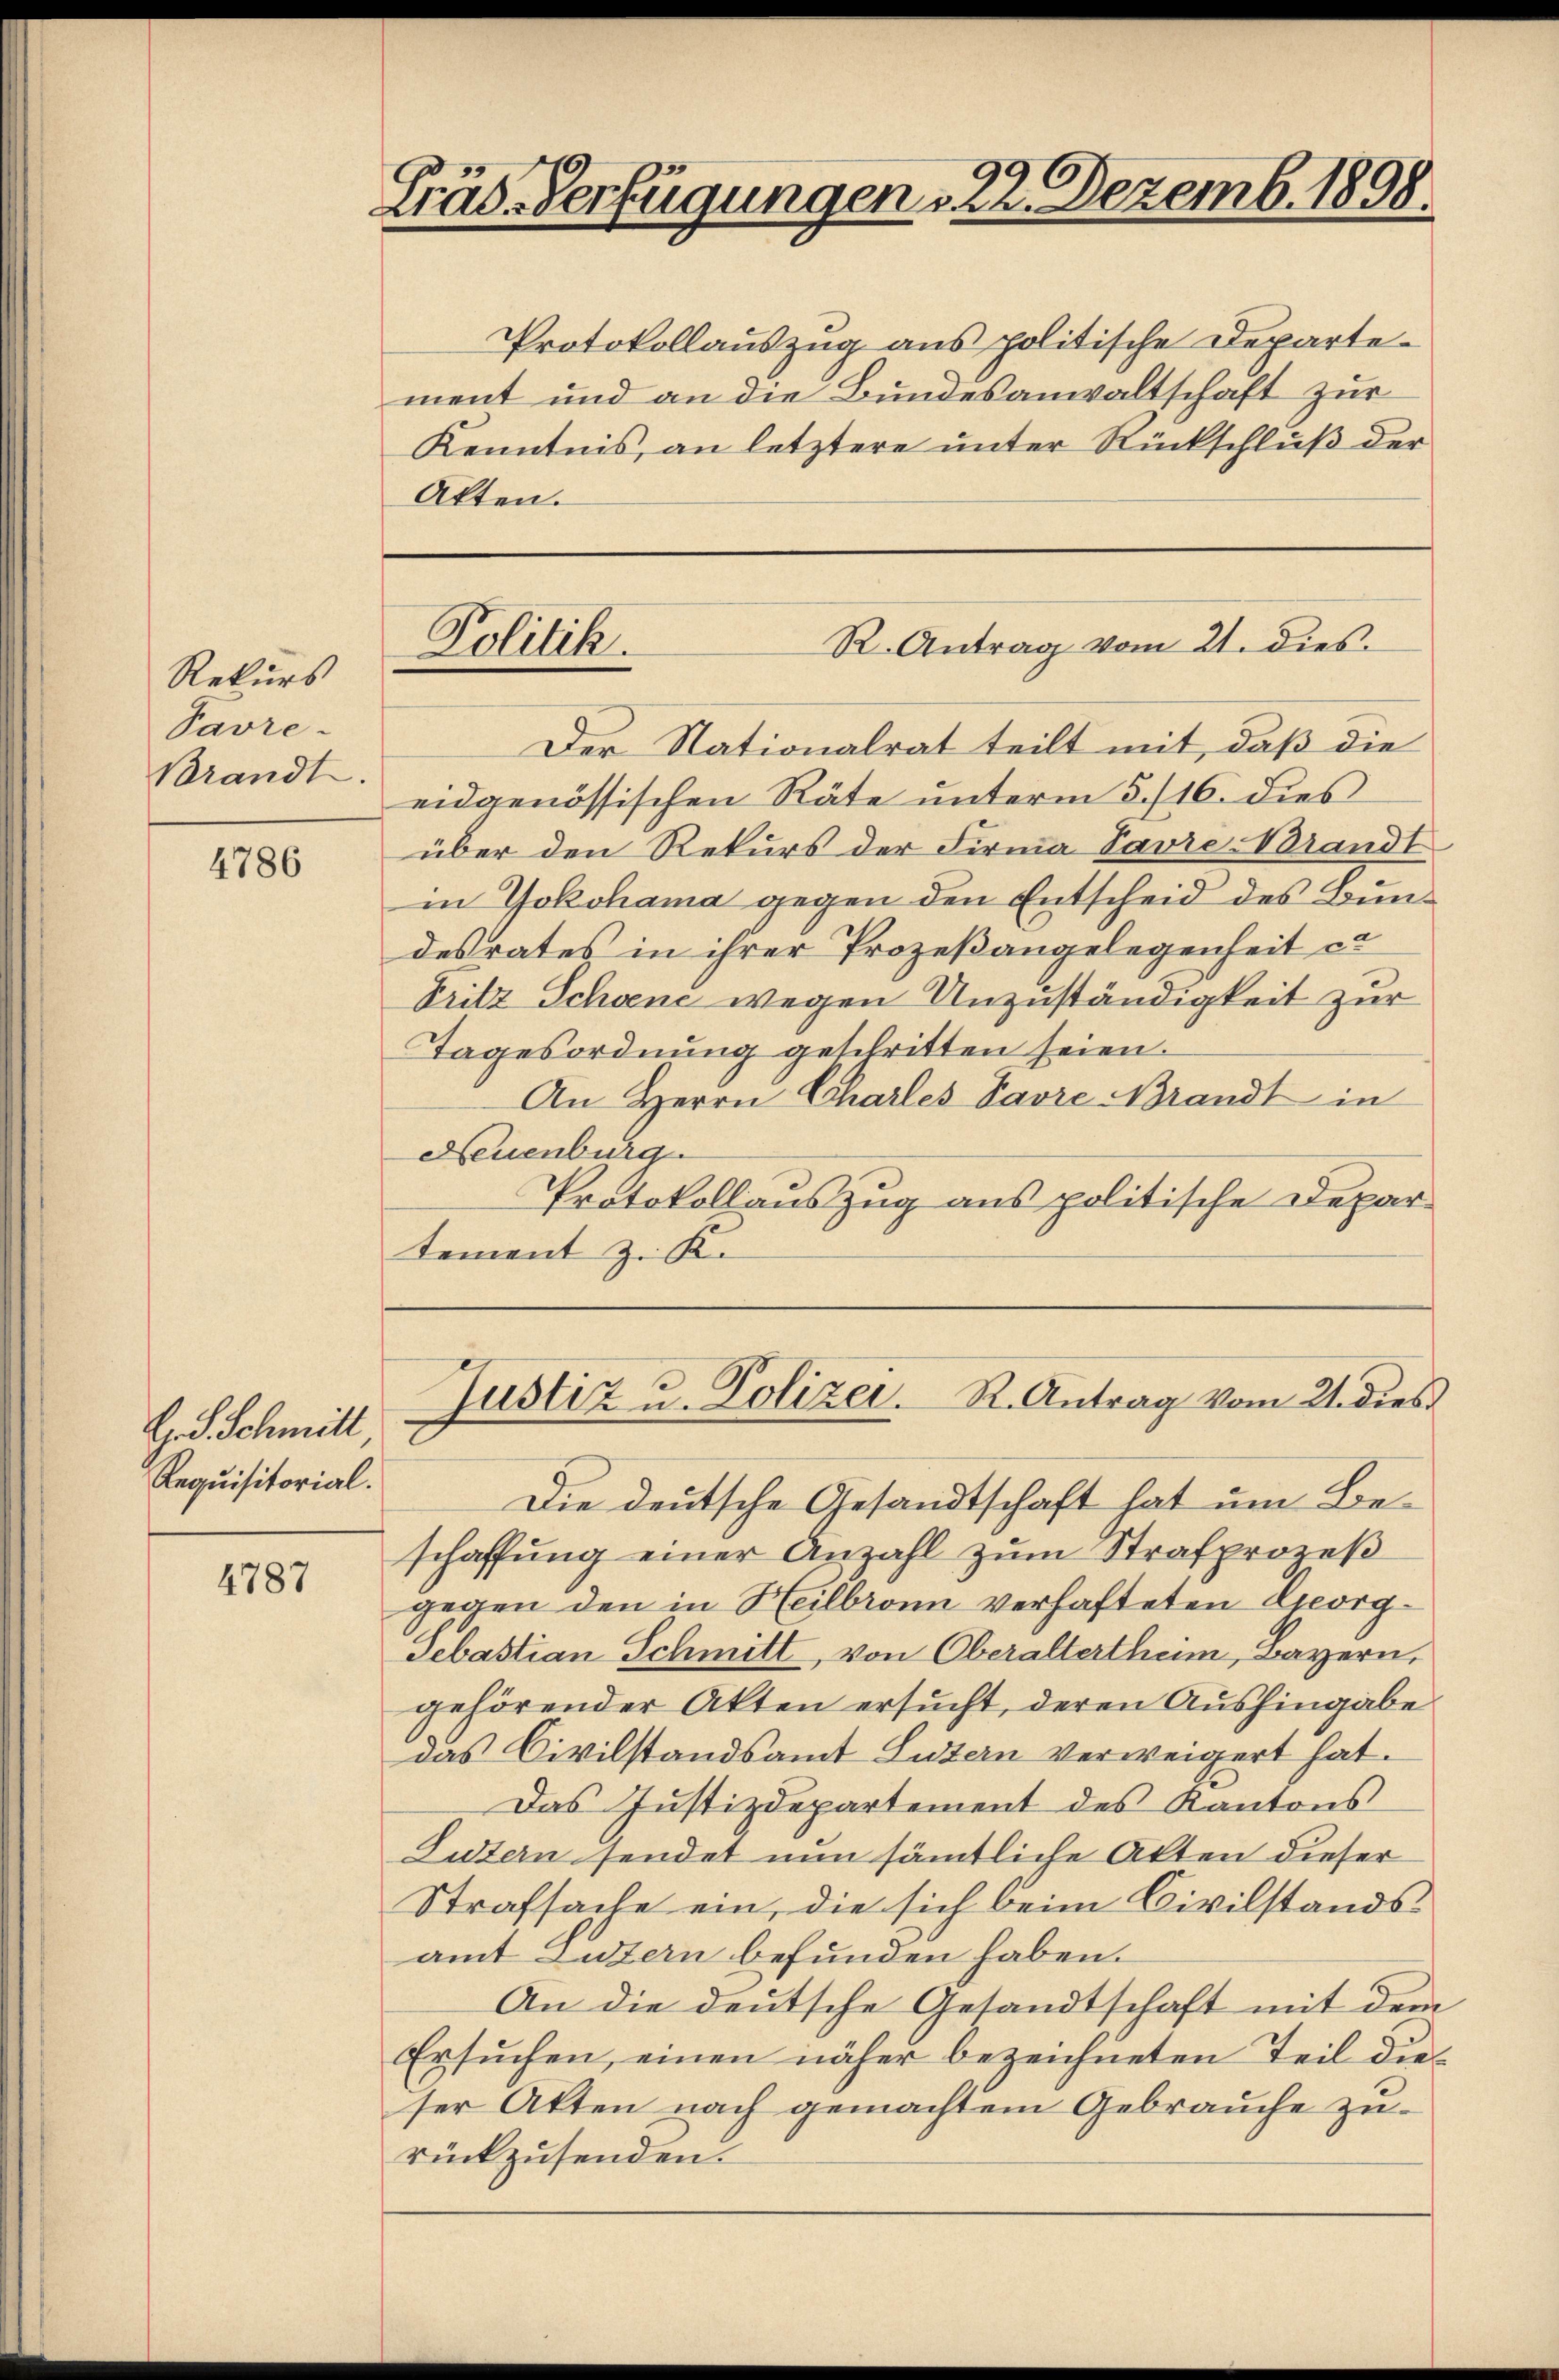
Rekurs
Pavre-
Brandt.

4786

G. S. Schmitt
Requisitorial.

4787

Fräs-Verfügungen 22. Dezemb. 1898.

R. Antrag vom 21. dies
Politik.

Protokollauszug aus politische Departement und an die Bundesanwaltschaft zur
Kenntnis, an letztere unter Rückschluß der
Akten.
Der Nationalrat teilt mit, daß die
eidgenössischen Räte unterm 5./16. dies
über den Rekurs der Firma Savre Brandt
in Yokohama gegen den Entscheid des Bundesrates in ihrer Prozeßangelegenheit ca
Fritz Schöne wegen Unzuständigkeit zur
Tagesordnung geschritten seien.
An Herrn Charles Favre Brandt in
Neuenburg
Protokollauszug aus politische Departement z. K.

Die deutsche Gesandtschaft hat um Beschaffung einer Anzahl zum Strafprozeß
gegen den in Heilbronn verhafteten Corg¬
Sebastian Schmitt, von Oberalterthum, Bayern,
gehörender Akten ersucht, deren Aushingabe
das Civilstandsamt Luzern verweigert hat.
Das Justizdepartement des Kantons
Lutern sendet nun sämtliche Akten dieser
Strafsache ein, die sich beim Civilstandsamt Luzern befunden haben.
An die deutsche Gesandtschaft mit dem
Ersŭchen, einen näher bezeichneten Teil die
ser Akten nach gemachtem Gebrauche zurückzusenden.

Justiz u. Polizei. R. Antrag vom 21. dies